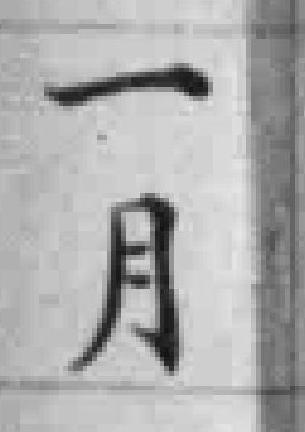
一月